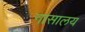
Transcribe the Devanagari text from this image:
नासालय